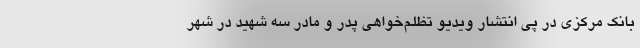
بانک مرکزی در پی انتشار ویدیو تظلم‌خواهی پدر و مادر سه شهید در شهر